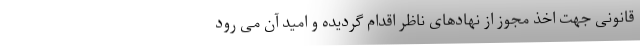
قانونی جهت اخذ مجوز از نهادهای ناظر اقدام گردیده و امید آن می رود